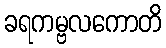
ခရကမ္ဗလကောတိ